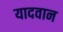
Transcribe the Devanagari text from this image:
यादवान